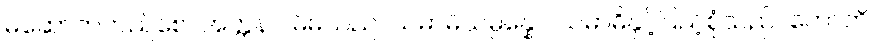
မဆောက်တည်စေ။ အတ္တနာ၊ မိမိသည်။ သမာဓိသမ္ပန္နော၊ သမာဓိနှင့်ပြည့်စုံသည်။ ဟောတိ၊